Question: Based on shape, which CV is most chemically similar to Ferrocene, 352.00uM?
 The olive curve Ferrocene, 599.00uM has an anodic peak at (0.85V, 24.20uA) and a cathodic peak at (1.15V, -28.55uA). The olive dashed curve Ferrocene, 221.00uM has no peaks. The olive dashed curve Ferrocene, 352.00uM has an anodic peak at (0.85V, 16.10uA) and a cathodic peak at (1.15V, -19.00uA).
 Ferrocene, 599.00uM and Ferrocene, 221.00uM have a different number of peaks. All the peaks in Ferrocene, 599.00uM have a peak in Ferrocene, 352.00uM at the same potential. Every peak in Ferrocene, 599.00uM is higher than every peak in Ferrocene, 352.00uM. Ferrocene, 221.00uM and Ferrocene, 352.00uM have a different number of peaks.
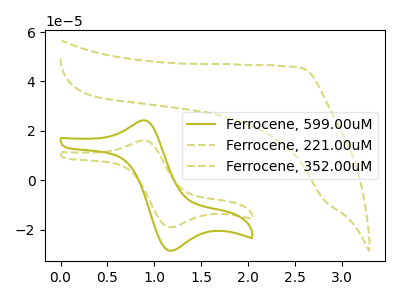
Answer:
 <answer>The CV with the most similar shape to "Ferrocene, 599.00uM" is "Ferrocene, 352.00uM".</answer>
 <eval>"Ferrocene, 352.00uM"</eval>